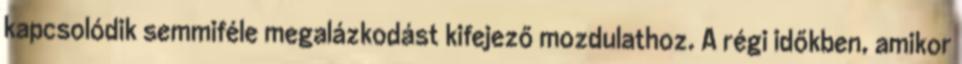
kapcsolódik semmiféle megalázkodást kifejező mozdulathoz. A régi időkben, amikor